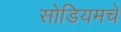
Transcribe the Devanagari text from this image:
सोडियमचे